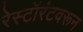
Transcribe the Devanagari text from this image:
रेस्टॉरंटवरून